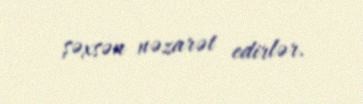
şəxsən nəzarət edirlər.